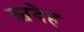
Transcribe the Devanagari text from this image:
स्वदेह